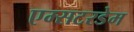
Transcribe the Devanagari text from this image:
एम्सटरडेम